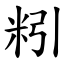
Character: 粌